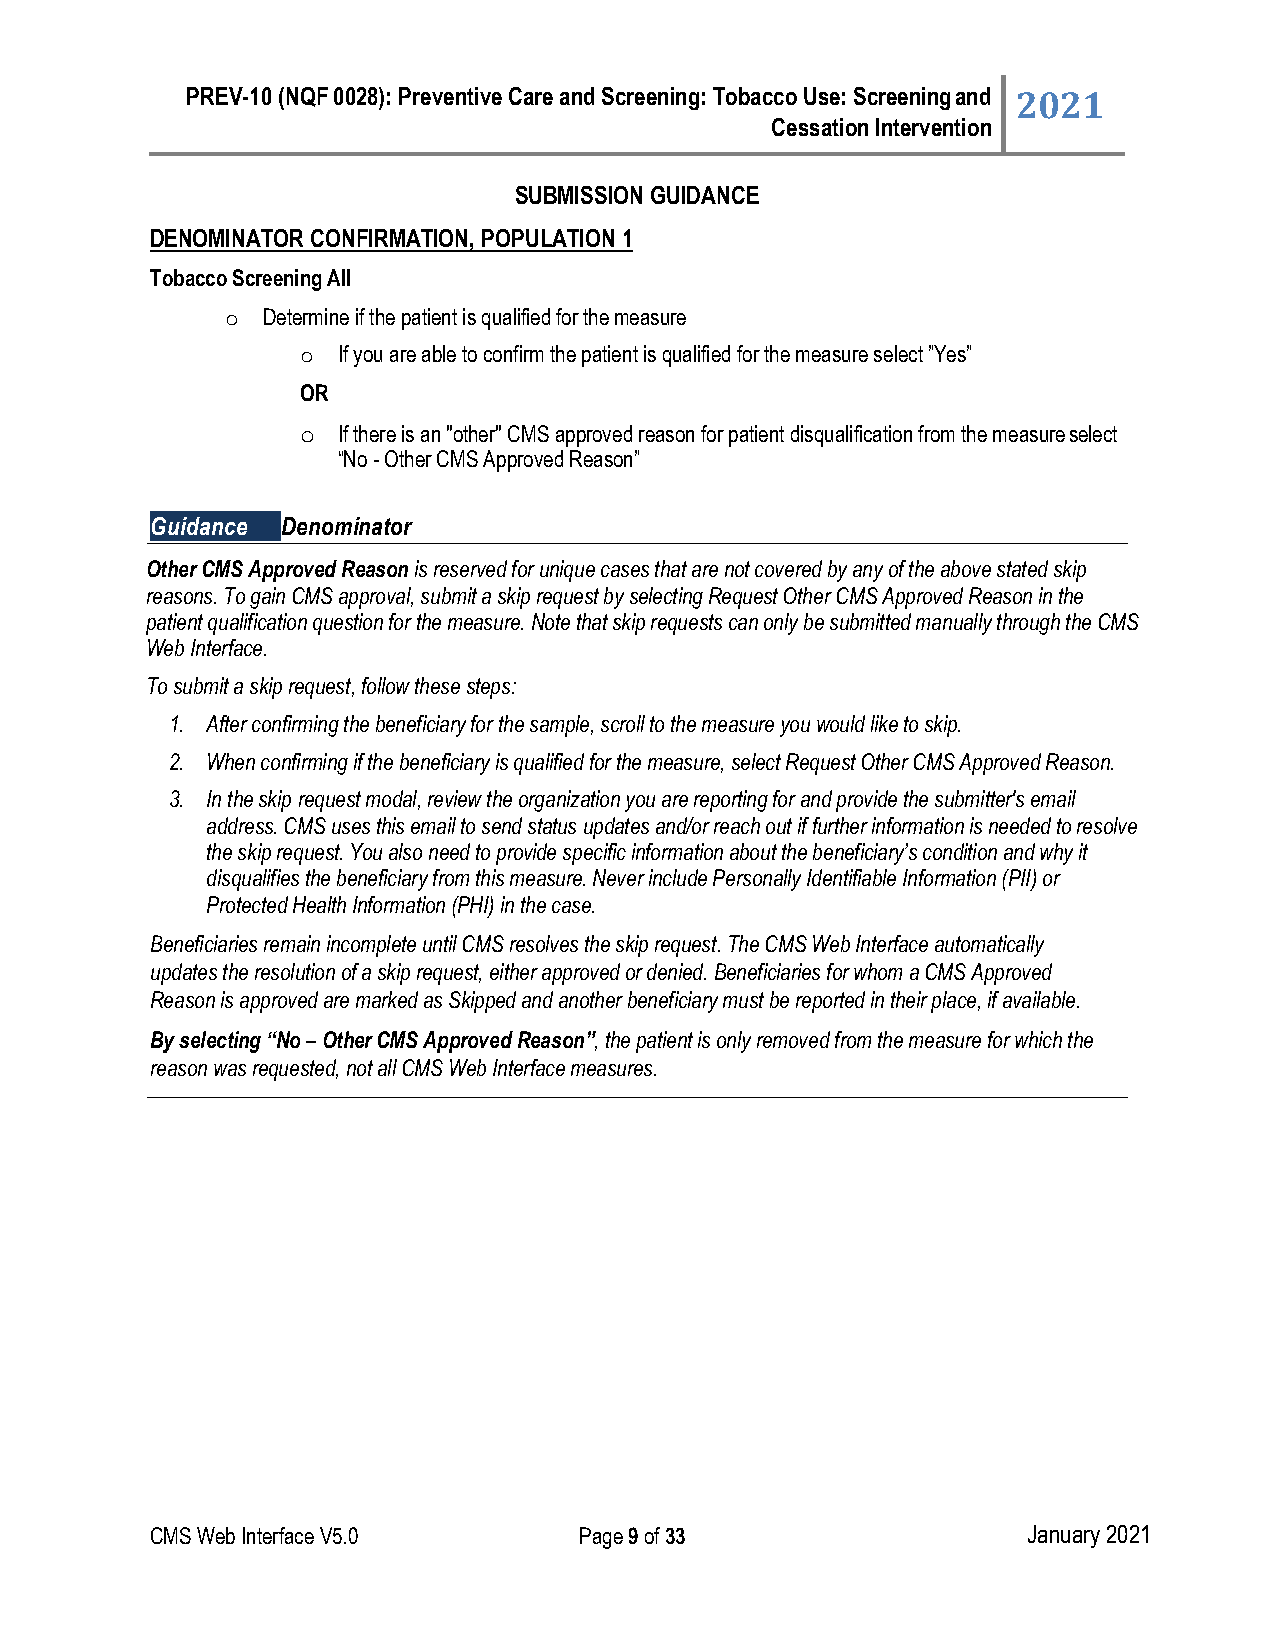
PREV-10 (NQF 0028): Preventive Care and Screening: Tobacco Use: Screening and 2021
 Cessation Intervention
 SUBMISSION GUIDANCE
 DENOMINATOR CONFIRMATION, POPULATION 1
 Tobacco Screening All
 Determine if the patient is qualified for the measure
 ◦
 If you are able to confirm the patient is qualified for the measure select ”Yes”
 ◦
 OR
 If there is an "other" CMS approved reason for patient disqualification from the measure select
 ◦
 “No - Other CMS Approved Reason”
 Guidance Denominator
 Other CMS Approved Reason is reserved for unique cases that are not covered by any of the above stated skip
 reasons. To gain CMS approval, submit a skip request by selecting Request Other CMS Approved Reason in the
 patient qualification question for the measure. Note that skip requests can only be submitted manually through the CMS
 Web Interface.
 To submit a skip request, follow these steps:
 1. After confirming the beneficiary for the sample, scroll to the measure you would like to skip.
 2. When confirming if the beneficiary is qualified for the measure, select Request Other CMS Approved Reason.
 3. In the skip request modal, review the organization you are reporting for and provide the submitter's email
 address. CMS uses this email to send status updates and/or reach out if further information is needed to resolve
 the skip request. You also need to provide specific information about the beneficiary’s condition and why it
 disqualifies the beneficiary from this measure. Never include Personally Identifiable Information (PII) or
 Protected Health Information (PHI) in the case.
 Beneficiaries remain incomplete until CMS resolves the skip request. The CMS Web Interface automatically
 updates the resolution of a skip request, either approved or denied. Beneficiaries for whom a CMS Approved
 Reason is approved are marked as Skipped and another beneficiary must be reported in their place, if available.
 By selecting “No – Other CMS Approved Reason”, the patient is only removed from the measure for which the
 reason was requested, not all CMS Web Interface measures.
 CMS Web Interface V5.0      Page 9 of 33                  January 2021